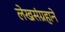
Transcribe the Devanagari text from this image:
लेखसंग्रहाने